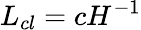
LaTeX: L_{cl}=cH^{-1}